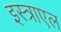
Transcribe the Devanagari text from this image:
इस्त्राएल